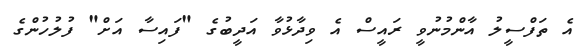
އެ ތަފްސީލު އާންމުނުވީ ރައީސް އެ ވިދާޅުވާ އަދީބުގެ "ފައިސާ އަށް" ފުލުހުންގެ